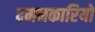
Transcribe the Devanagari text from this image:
दमनकारियों